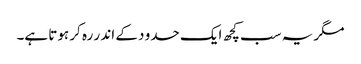
مگر یہ سب کچھ ایک حدو د کے اند ر رہ کر ہوتا ہے۔